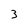
Character: 3